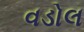
વડોલ